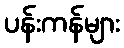
ပန်းကန်များ